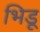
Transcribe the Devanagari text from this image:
भिडू